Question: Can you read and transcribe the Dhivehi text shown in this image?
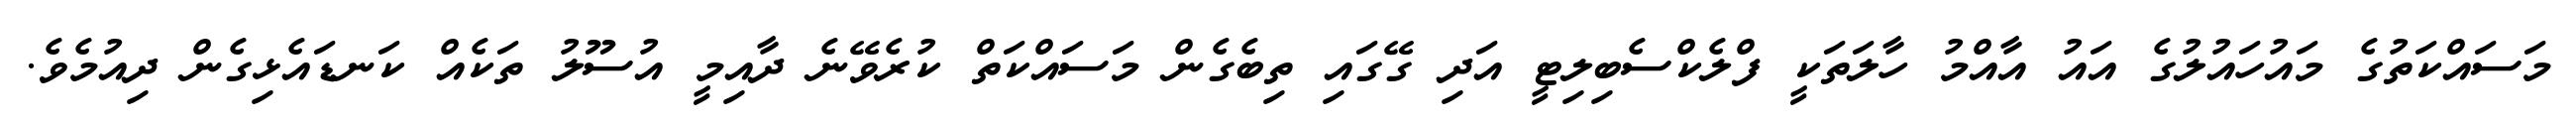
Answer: މަސައްކަތުގެ މައުހައުލުގެ އައު އާއްމު ހާލަތަކީ ފްލެކްސެބިލިޓީ އަދި ގޭގައި ތިބެގެން މަސައްކަތް ކުރެވޭނެ ދާއިމީ އުސޫލު ތަކެއް ކަނޑައެޅިގެން ދިއުމެވެ.